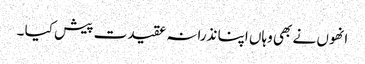
انھوں نے بھی وہاں اپنا نذرانہ عقیدت پیش کیا ۔